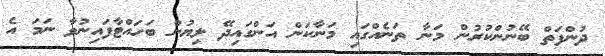
ދުންފަތް ބޭނުންކުރުން މަނާ ތަނެއްގައި މަނާކަން އަންގައިދޭ ލިޔުން ބަހައްޓާފައިނުވާ ނަމަ އެ